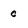
Character: 0